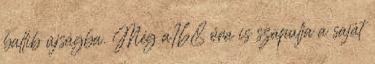
ballib újságba. Még a168 óra is szapulja a saját